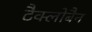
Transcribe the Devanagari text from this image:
टैक्लोबैन